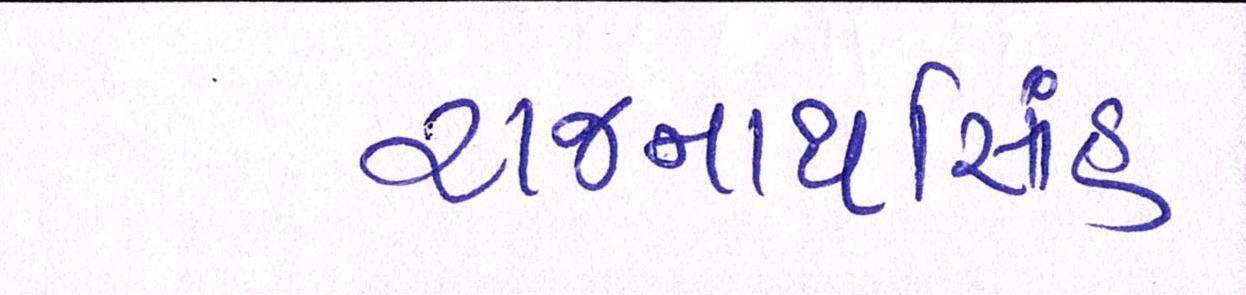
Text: રાજનાથસિંહ